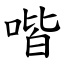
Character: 喈